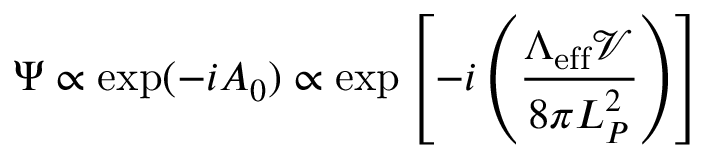
\Psi \propto \exp ( - i A _ { 0 } ) \propto \exp \left[ - i \left( { \frac { \Lambda _ { \mathrm { e f f } } { \mathcal V } } { 8 \pi L _ { P } ^ { 2 } } } \right) \right]